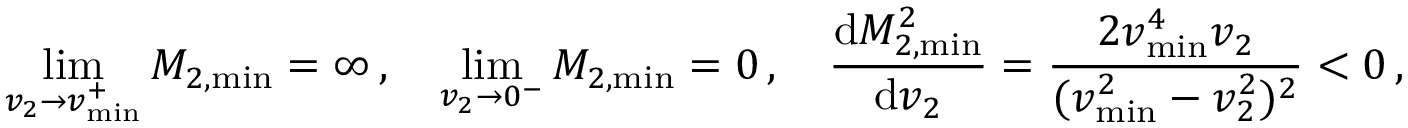
\operatorname* { l i m } _ { v _ { 2 } \to v _ { \operatorname* { m i n } } ^ { + } } M _ { 2 , \operatorname* { m i n } } = \infty \, , \quad \operatorname* { l i m } _ { v _ { 2 } \to 0 ^ { - } } M _ { 2 , \operatorname* { m i n } } = 0 \, , \quad \frac { \mathrm { d } M _ { 2 , \operatorname* { m i n } } ^ { 2 } } { \mathrm { d } v _ { 2 } } = \frac { 2 v _ { \operatorname* { m i n } } ^ { 4 } v _ { 2 } } { ( v _ { \operatorname* { m i n } } ^ { 2 } - v _ { 2 } ^ { 2 } ) ^ { 2 } } < 0 \, ,